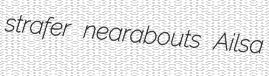
strafer nearabouts Ailsa